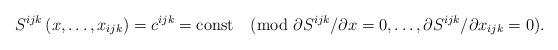
LaTeX: \begin{align*}S^{ijk}\left(x,\ldots,x_{ijk}\right)=c^{ijk}=\mathrm{const} \pmod{\partial S^{ijk}/\partial x=0,\ldots,\partial S^{ijk}/\partial x_{ijk}=0}.\end{align*}